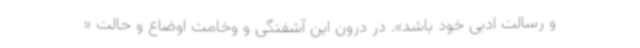
و رسالت ادبی خود باشد». در درون این آشفتگی و وخامت اوضاع و حالت «